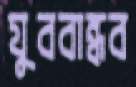
যুববান্ধব